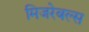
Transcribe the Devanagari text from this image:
मिजरेबल्स